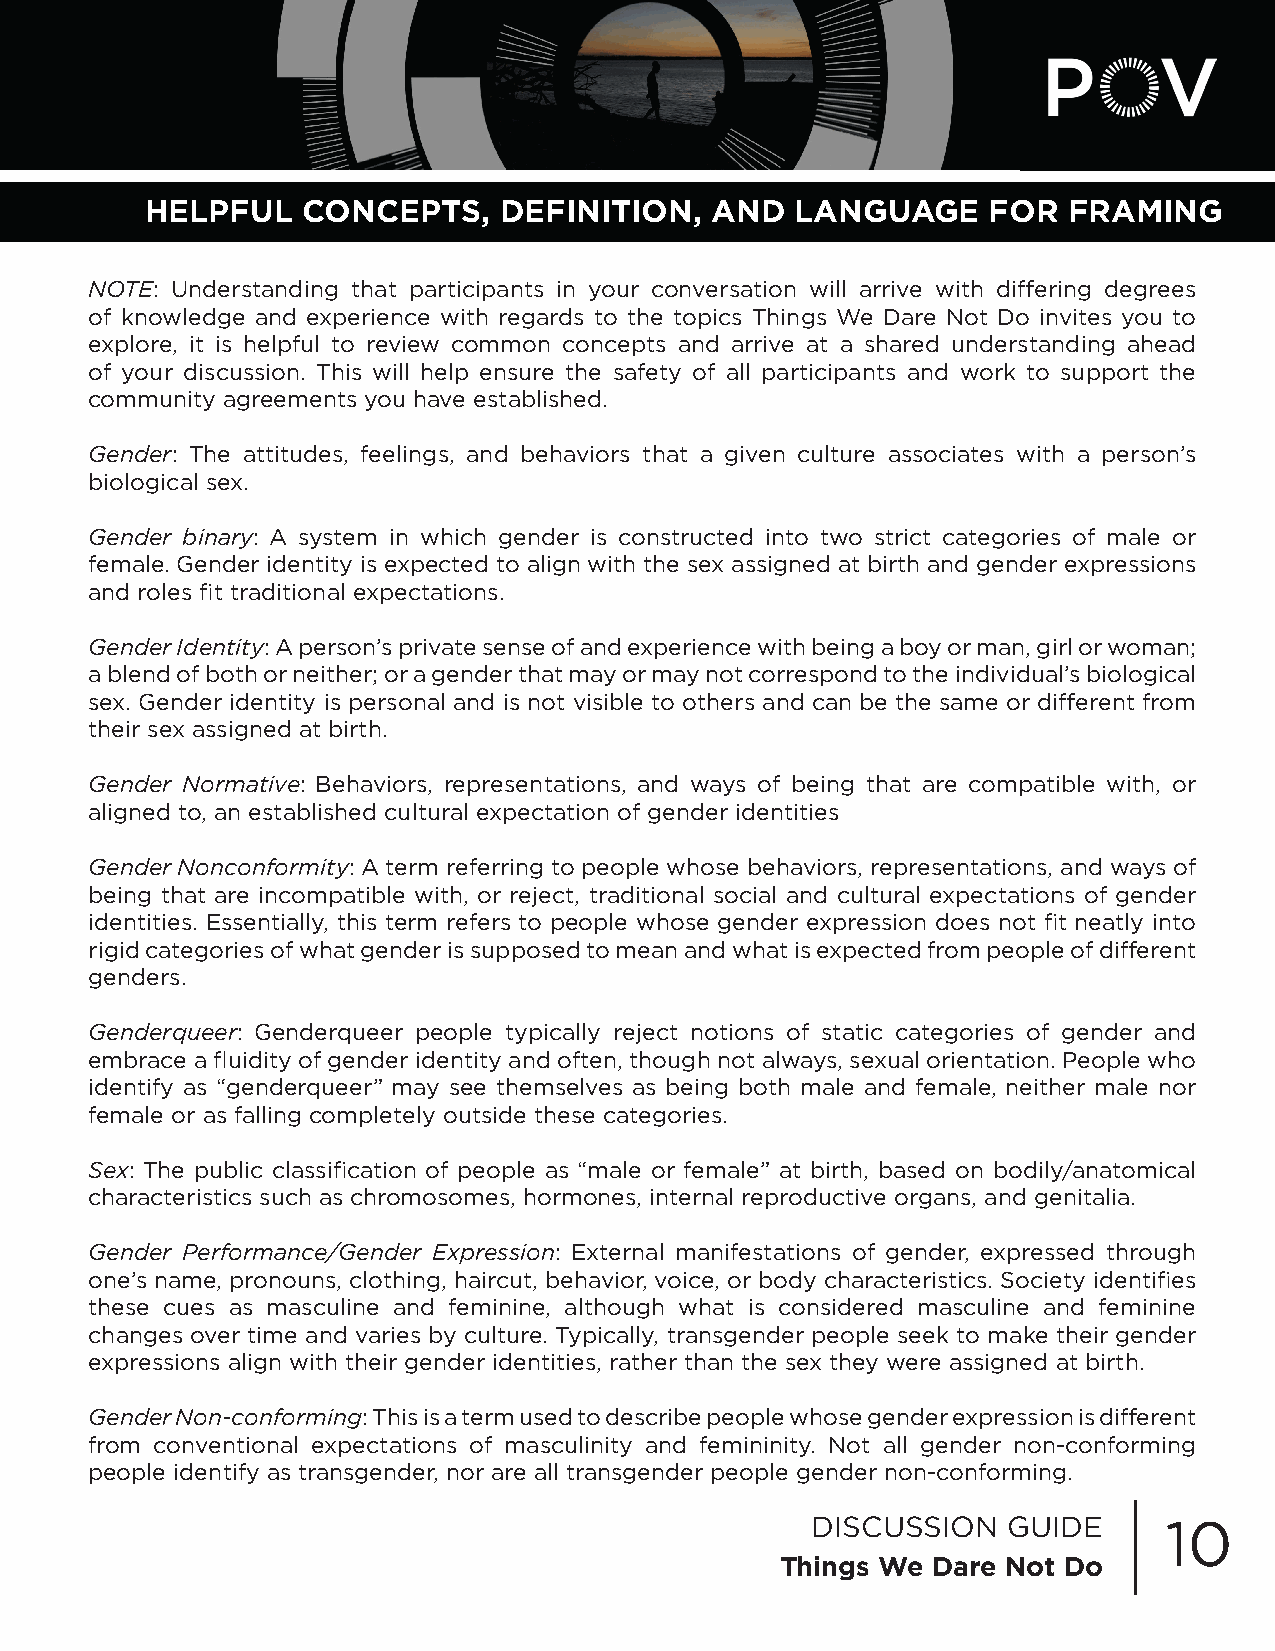
HELPFUL   CONCEPTS,    DEFINITION,   AND   LANGUAGE    FOR   FRAMING
 NOTE: Understanding that participants in your conversation will arrive with differing degrees
 of knowledge and experience with regards to the topics Things We Dare Not Do invites you to
 explore, it is helpful to review common concepts and arrive at a shared understanding ahead
 of your discussion. This will help ensure the safety of all participants and work to support the
 community agreements you have established.
 Gender: The attitudes, feelings, and behaviors that a given culture associates with a person’s
 biological sex.
 Gender binary: A system in which gender is constructed into two strict categories of male or
 female. Gender identity is expected to align with the sex assigned at birth and gender expressions
 and roles fit traditional expectations.
 Gender Identity: A person’s private sense of and experience with being a boy or man, girl or woman;
 a blend of both or neither; or a gender that may or may not correspond to the individual’s biological
 sex. Gender identity is personal and is not visible to others and can be the same or different from
 their sex assigned at birth.
 Gender Normative: Behaviors, representations, and ways of being that are compatible with, or
 aligned to, an established cultural expectation of gender identities
 Gender Nonconformity: A term referring to people whose behaviors, representations, and ways of
 being that are incompatible with, or reject, traditional social and cultural expectations of gender
 identities. Essentially, this term refers to people whose gender expression does not fit neatly into
 rigid categories of what gender is supposed to mean and what is expected from people of different
 genders.
 Genderqueer: Genderqueer people typically reject notions of static categories of gender and
 embrace a fluidity of gender identity and often, though not always, sexual orientation. People who
 identify as “genderqueer” may see themselves as being both male and female, neither male nor
 female or as falling completely outside these categories.
 Sex: The public classification of people as “male or female” at birth, based on bodily/anatomical
 characteristics such as chromosomes, hormones, internal reproductive organs, and genitalia.
 Gender Performance/Gender Expression: External manifestations of gender, expressed through
 one’s name, pronouns, clothing, haircut, behavior, voice, or body characteristics. Society identifies
 these cues as masculine and feminine, although what is considered masculine and feminine
 changes over time and varies by culture. Typically, transgender people seek to make their gender
 expressions align with their gender identities, rather than the sex they were assigned at birth.
 Gender Non-conforming: This is a term used to describe people whose gender expression is different
 from conventional expectations of masculinity and femininity. Not all gender non-conforming
 people identify as transgender, nor are all transgender people gender non-conforming.
 DISCUSSION   GUIDE     10
 Things We Dare Not Do